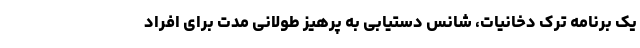
یک برنامه ترک دخانیات، شانس دستیابی به پرهیز طولانی‌ مدت برای افراد